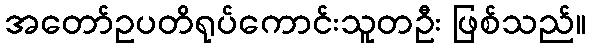
အတော်ဥပတိရုပ်ကောင်းသူတဦး ဖြစ်သည်။